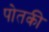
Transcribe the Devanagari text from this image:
पोतकी